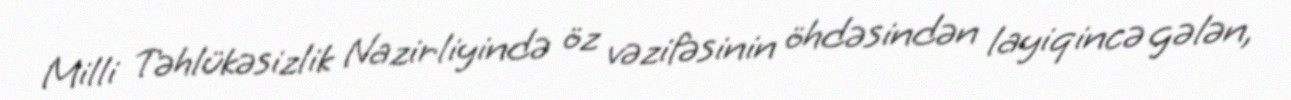
Milli Təhlükəsizlik Nazirliyində öz vəzifəsinin öhdəsindən layiqincə gələn,